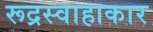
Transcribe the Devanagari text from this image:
रूद्रस्वाहाकार